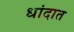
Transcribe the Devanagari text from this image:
धांदात